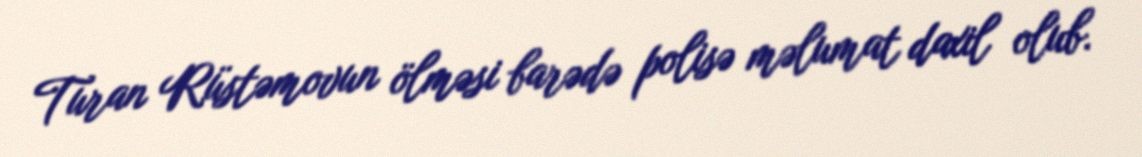
Turan Rüstəmovun ölməsi barədə polisə məlumat daxil olub.